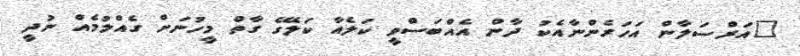
"އަރްސަލާން އަހަރެންނާއެކު ދާން އެއްބަސްވީ ކަލެއާ ކަލޭގެ ގާތް މީހުނަށް ގެއްލުމެއް ނުދީ